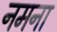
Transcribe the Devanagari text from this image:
नमना